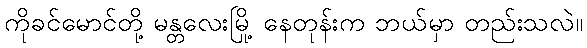
ကိုခင်မောင်တို့ မန္တလေးမြို့ နေတုန်းက ဘယ်မှာ တည်းသလဲ။